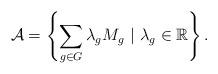
LaTeX: \begin{align*}\mathcal{A} = \left\{ \sum_{g \in G} \lambda_g M_{g} ~ | ~ \lambda_g \in \mathbb{R} \right\}.\end{align*}